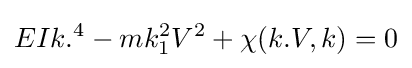
EIk.^{4}-mk_{1}^{2}V^{2}+\chi (k.V,k)=0